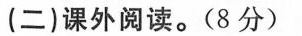
(二)课外阅读。(8分)